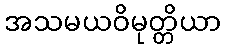
အသမယဝိမုတ္တိယာ